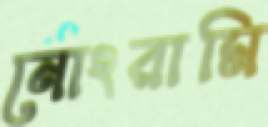
নোংরামি